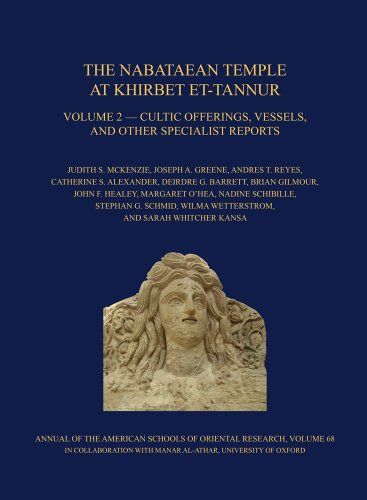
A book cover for The Nabataean Temple at Khirbet Et-tannur, Jordan, Volume 2: Cultic Offerings, Vessels, and Other Specialist Reports. Final Report on Nelson Glueck's ... American Schools of Oriental Research (Asor)); Judith S. McKenzie; History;